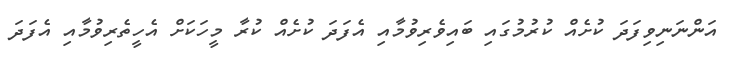
އަންނަނިވިފަދަ ކުށެއް ކުރުމުގައި ބައިވެރިވުމާއި އެފަދަ ކުށެއް ކުރާ މީހަކަށް އެހީތެރިވުމާއި އެފަދަ